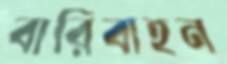
বারিবাহন